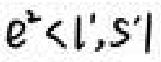
$e^{z}<|1,z|$